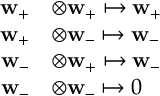
\begin{array} { r l } { \mathbf { w } _ { + } } & { \otimes \mathbf { w } _ { + } \mapsto \mathbf { w } _ { + } } \\ { \mathbf { w } _ { + } } & { \otimes \mathbf { w } _ { - } \mapsto \mathbf { w } _ { - } } \\ { \mathbf { w } _ { - } } & { \otimes \mathbf { w } _ { + } \mapsto \mathbf { w } _ { - } } \\ { \mathbf { w } _ { - } } & { \otimes \mathbf { w } _ { - } \mapsto 0 } \end{array}